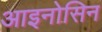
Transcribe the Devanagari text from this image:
आइनोसिन